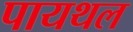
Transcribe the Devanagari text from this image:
पायथल